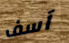
آسف